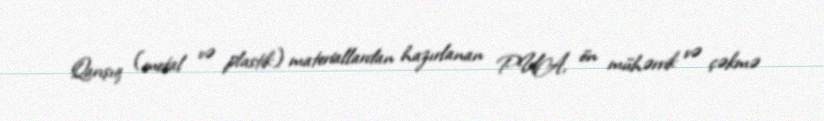
Qarışıq (metal və plastik) materiallardan hazırlanan PUA, ön mühərrik və çəkmə